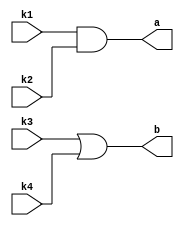
// AND/OR gate controlled by keys.

module led(
    input k1,
    input k2,
    input k3,
    input k4,
    output a,
    output b
);
    assign a = k1 & k2;
    assign b = k3 | k4;
endmodule